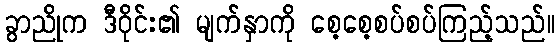
ခွာညိုက ဒီဝိုင်း၏ မျက်နှာကို စေ့စေ့စပ်စပ်ကြည့်သည်။